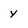
Character: y